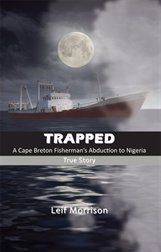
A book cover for Trapped; Leif Morrison; Travel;